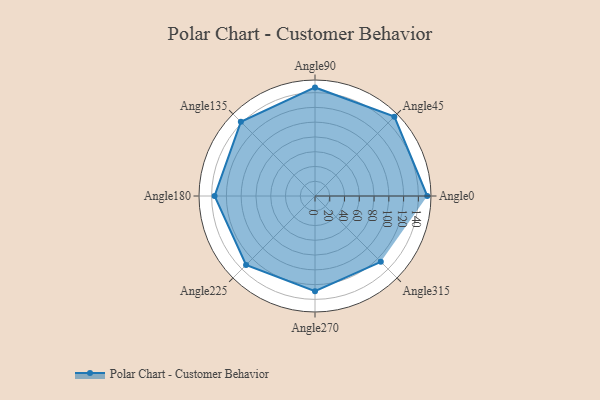
{"axis": {"x": "Angle", "y": "Radius"}, "legend": [""], "data": [{"x": "Angle0", "y": 152.0, "type": ""}, {"x": "Angle45", "y": 152.0, "type": ""}, {"x": "Angle90", "y": 147.0, "type": ""}, {"x": "Angle135", "y": 142.0, "type": ""}, {"x": "Angle180", "y": 136.0, "type": ""}, {"x": "Angle225", "y": 132.0, "type": ""}, {"x": "Angle270", "y": 129.0, "type": ""}, {"x": "Angle315", "y": 126.0, "type": ""}]}